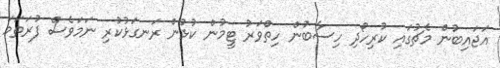
އަޖައިބުން މެޗުގައި ކުރިހޯދި ހިސާބުން ހިތްވަރު ޓީމުން ކުޅުން ރަނގަޅުކުރި ނަމަވެސް ފުރަތަމަ